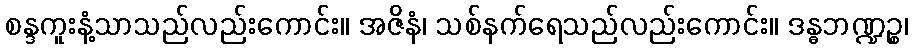
စန္ဒကူးနံ့သာသည်လည်းကောင်း။ အဇိနံ၊ သစ်နက်ရေသည်လည်းကောင်း။ ဒန္ဓဘဏ္ဍဉ္စ၊